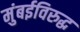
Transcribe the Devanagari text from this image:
मुंबईविरुद्ध